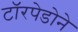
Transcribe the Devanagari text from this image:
टॉरपेडोने